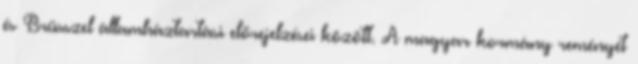
és Brüsszel államháztartási előrejelzései között. A magyar kormány reményét